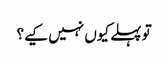
تو پہلے کیوں نہیں کیے؟